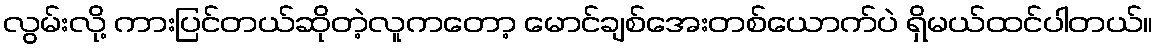
လွမ်းလို့ ကားပြင်တယ်ဆိုတဲ့လူကတော့ မောင်ချစ်အေးတစ်ယောက်ပဲ ရှိမယ်ထင်ပါတယ်။